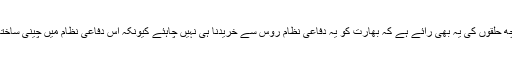
اس کے علاوہ بھارت میںکچھ حلقوں کی یہ بھی رائے ہے کہ بھارت کو یہ دفاعی نظام روس سے خریدنا ہی نہیں چاہئے کیونکہ اِس دفاعی نظام میں چینی ساختہ آلات نصب کیے گئے ہیں۔